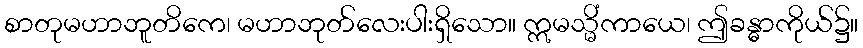
စာတုမဟာဘူတိကေ၊ မဟာဘုတ်လေးပါးရှိသော။ ဣမသ္မိံကာယေ၊ ဤခန္ဓာကိုယ်၌။